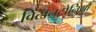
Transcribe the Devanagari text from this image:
विटानटोनियो